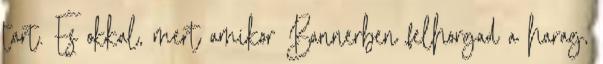
tart. És okkal, mert amikor Bannerben felhorgad a harag,